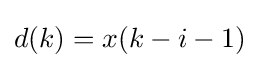
d(k)=x(k-i-1)\,\!